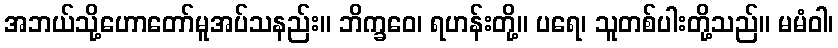
အဘယ်သို့ဟောတော်မူအပ်သနည်း။ ဘိက္ခဝေ၊ ရဟန်းတို့။ ပရေ၊ သူတစ်ပါးတို့သည်။ မမံဝါ၊